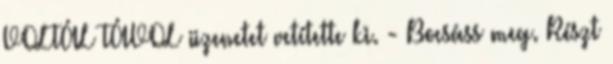
VOLTÁL TÁVOL üzenetet vetítette ki. - Bocsáss meg. Részt